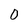
Character: 0